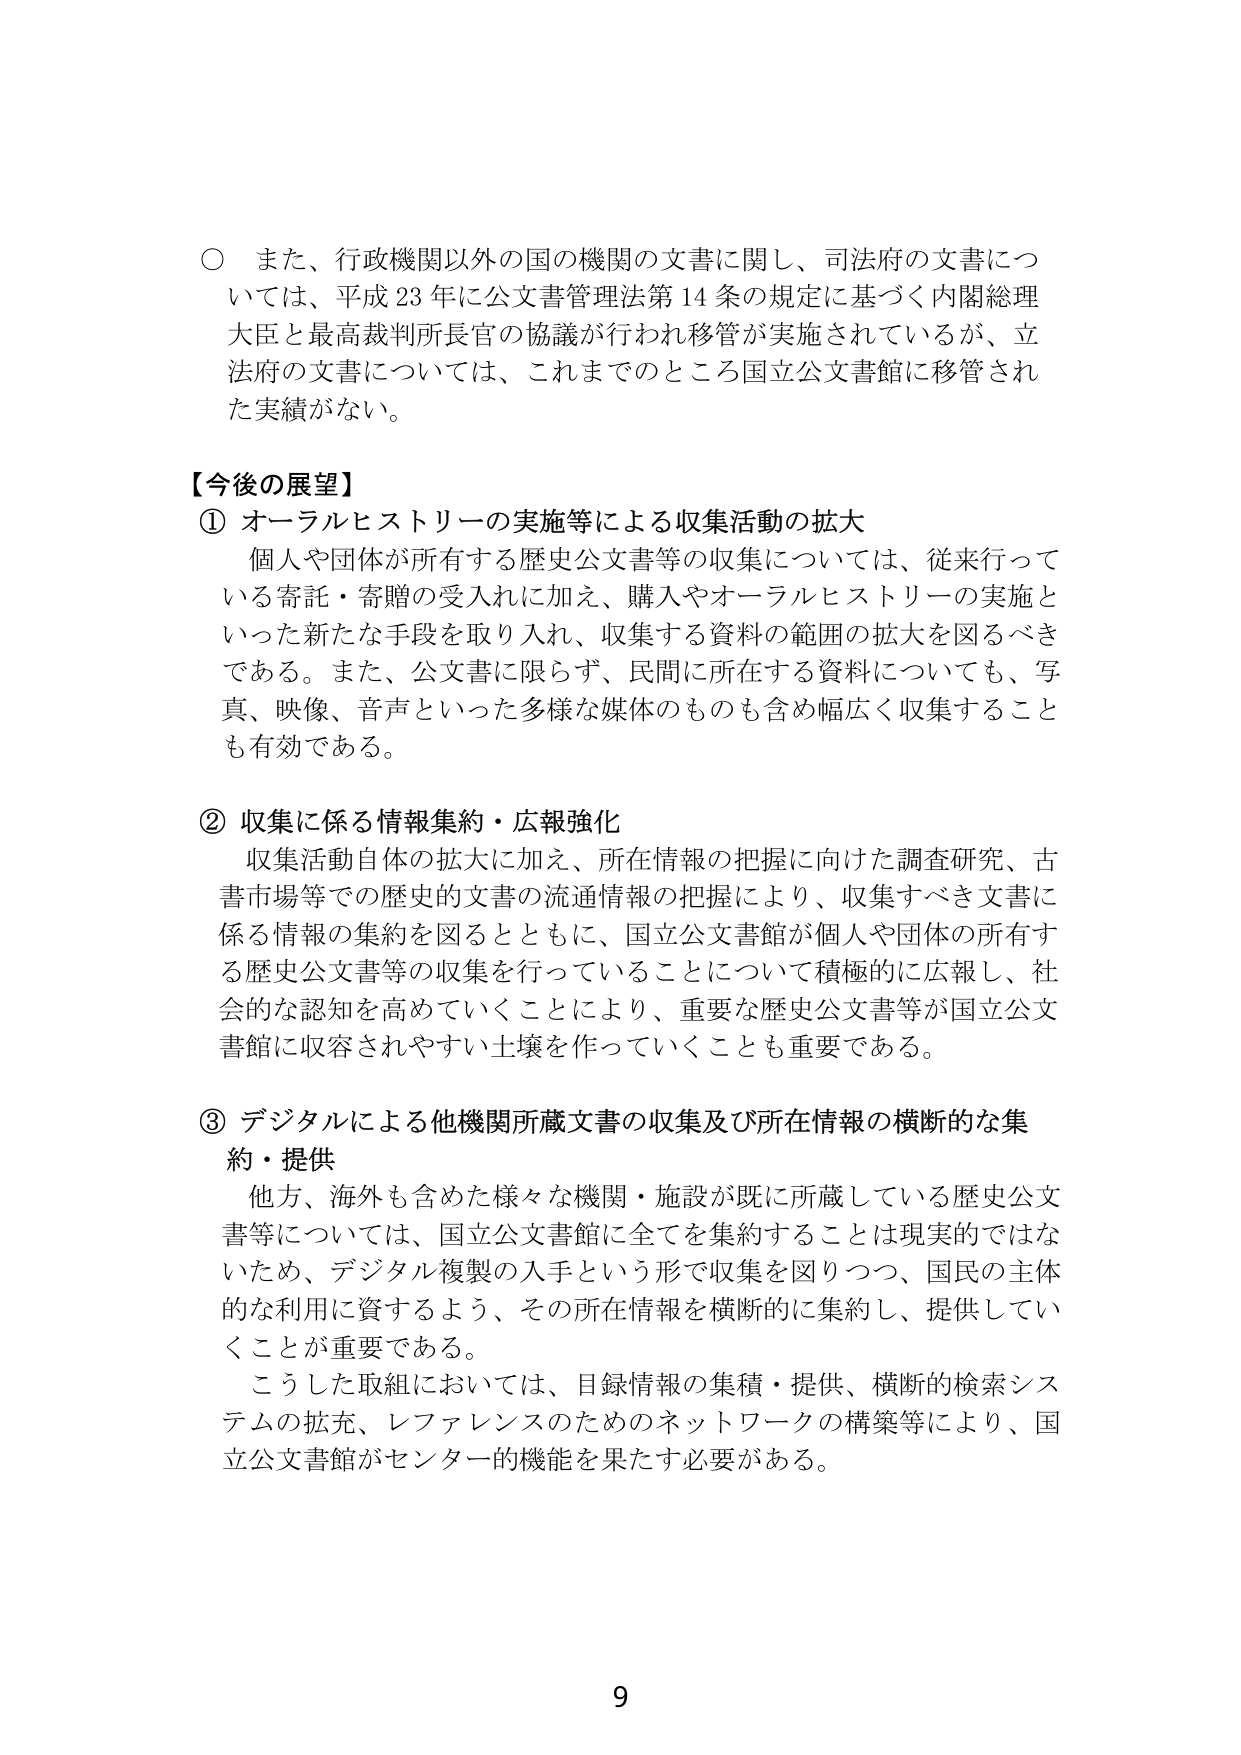
○ また、行政機関以外の国の機関の文書に関し、司法府の文書については、平成23年に公文書管理法第14条の規定に基づく内閣総理大臣と最高裁判所長官の協議が行われ移管が実施されているが、立法府の文書については、これまでのところ国立公文書館に移管された実績がない。

【今後の展望】
① オーラルヒストリーの実施等による収集活動の拡大
　個人や団体が所有する歴史公文書等の収集については、従来行っている寄託・寄贈の受入れに加え、購入やオーラルヒストリーの実施といった新たな手段を取り入れ、収集する資料の範囲の拡大を図るべきである。また、公文書に限らず、民間に所在する資料についても、写真、映像、音声といった多様な媒体のものも含め幅広く収集することも有効である。

② 収集に係る情報集約・広報強化
　収集活動自体の拡大に加え、所在情報の把握に向けた調査研究、古書市場等での歴史的文書の流通情報の把握により、収集すべき文書に係る情報の集約を図るとともに、国立公文書館が個人や団体の所有する歴史公文書等の収集を行っていることについて積極的に広報し、社会的な認知を高めていくことにより、重要な歴史公文書等が国立公文書館に収容されやすい土壌を作っていくことも重要である。

③ デジタルによる他機関所蔵文書の収集及び所在情報の横断的な集約・提供
　他方、海外も含めた様々な機関・施設が既に所蔵している歴史公文書等については、国立公文書館に全てを集約することは現実的ではないため、デジタル複製の入手という形で収集を図りつつ、国民の主体的な利用に資するよう、その所在情報を横断的に集約し、提供していくことが重要である。
　こうした取組においては、目録情報の集積・提供、横断的検索システムの拡充、レファレンスのためのネットワークの構築等により、国立公文書館がセンター的機能を果たす必要がある。

9